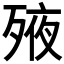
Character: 𣨜